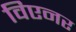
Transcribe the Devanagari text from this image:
विएनर